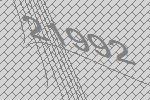
21992